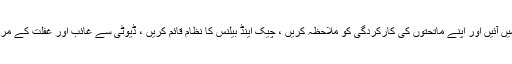
حکام بالا ‘‘ سب اچھا’’ کی رپورٹ دفتری ٹیبل پر وصول کرنے کے بجائے عملی طور پر میدان میں آئیں اور اپنے ماتحتوں کی کارکردگی کو ملاحظہ کریں ، چیک اینڈ بیلنس کا نظام قائم کریں ، ڈیوٹی سے غائب اور غفلت کے مرتکب اہلکاروں کے خلاف محکمانہ کارروائی کریں ، شکایات کے ازالے کے لئے نظام قائم کریں ۔